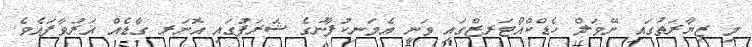
މި ޒިޔާރަތުގައި ނޭވަލް ހެޑްކްއޯޓަރޒްގައި ވަނީ އެމަނިކުފާނުގެ ޝަރަފުގައި އޮނަރ ގާޑެއް އަރުވާފައެވެ.